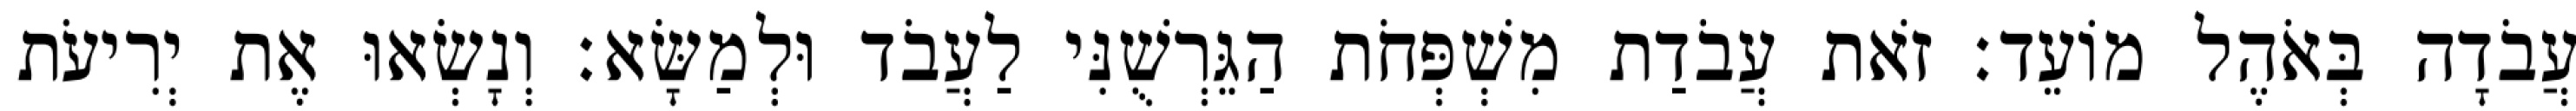
עֲבֹדָה בְּאֹהֶל מוֹעֵד׃ זֹאת עֲבֹדַת מִשְׁפְּחֹת הַגֵּרְשֻׁנִּי לַעֲבֹד וּלְמַשָּׂא׃ וְנָשְׂאוּ אֶת יְרִיעֹת